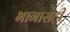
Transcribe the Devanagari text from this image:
भागासही